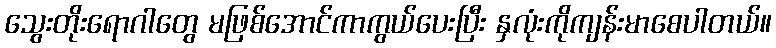
သွေးတိုးရောဂါတွေ မဖြစ်အောင်ကာကွယ်ပေးပြီး နှလုံးကိုကျန်းမာစေပါတယ်။